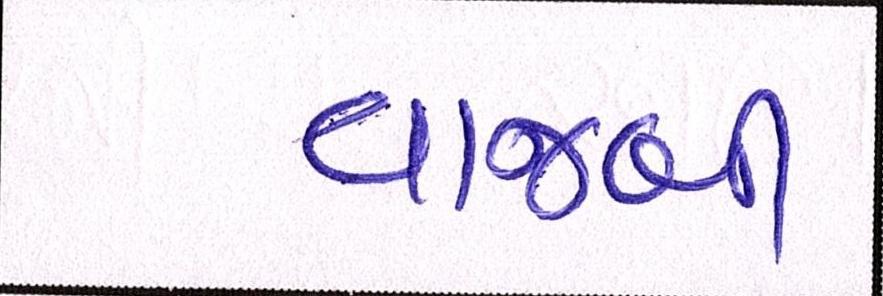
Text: વાજબી